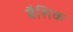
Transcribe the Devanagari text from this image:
बैशिक